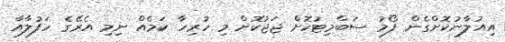
އިއުލާނުކޮށްގެން ފޯމު ސަބްމިޓުކޮށް ޖަޖުކޮށް މި ހުރިހާ ކަމެއް ނިމި އެރޭގެ ހަފުލާއާ